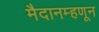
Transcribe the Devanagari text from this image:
मैदानम्हणून